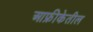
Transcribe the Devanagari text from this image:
आफ्रीकेतील